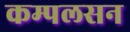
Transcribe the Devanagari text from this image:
कम्पलसन